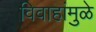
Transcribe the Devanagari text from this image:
विवाहांमुळे